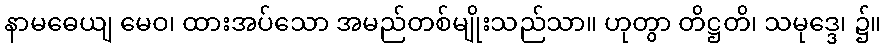
နာမဓေယျ မေဝ၊ ထားအပ်သော အမည်တစ်မျိုးသည်သာ။ ဟုတွာ တိဋ္ဌတိ၊ သမုဒ္ဒေ၊ ၌။